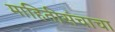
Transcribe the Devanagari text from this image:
माहितीसंचाचा